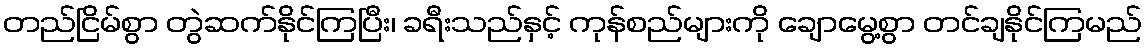
တည်ငြိမ်စွာ တွဲဆက်နိုင်ကြပြီး၊ ခရီးသည်နှင့် ကုန်စည်များကို ချောမွေ့စွာ တင်ချနိုင်ကြမည်